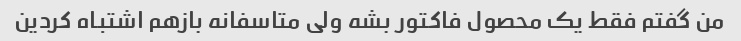
من گفتم فقط یک محصول فاکتور بشه ولی متاسفانه بازهم اشتباه کردین